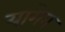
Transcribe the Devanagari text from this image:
यागेन